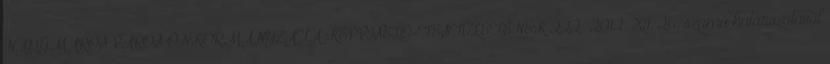
NAGYMAROS VÁROS ÖNKORMÁNYZATA KÉPVISELŐ-TESTÜLETÉNEK 222 2012. XI. 26. számú határozatával